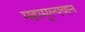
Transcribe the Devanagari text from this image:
महामूल्यवान